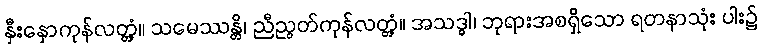
နှီးနှောကုန်လတ္တံ့။ သမေဿန္တိ၊ ညီညွတ်ကုန်လတ္တံ့။ အသဒ္ဓါ၊ ဘုရားအစရှိသော ရတနာသုံး ပါး၌